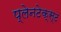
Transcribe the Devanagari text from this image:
प्लेनटेक्स्ट